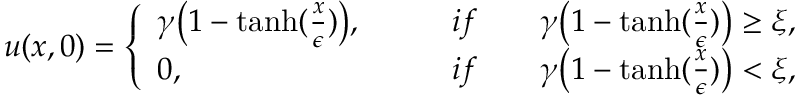
u ( x , 0 ) = \left\{ \begin{array} { l l } { \gamma \big ( 1 - \operatorname { t a n h } ( \frac { x } { \epsilon } ) \big ) , \qquad } & { i f \qquad \gamma \big ( 1 - \operatorname { t a n h } ( \frac { x } { \epsilon } ) \big ) \geq \xi , } \\ { 0 , \qquad } & { i f \qquad \gamma \big ( 1 - \operatorname { t a n h } ( \frac { x } { \epsilon } ) \big ) < \xi , } \end{array} \right.